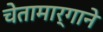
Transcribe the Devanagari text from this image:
चेतामार्गाने